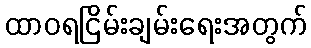
ထာဝရငြိမ်းချမ်းရေးအတွက်